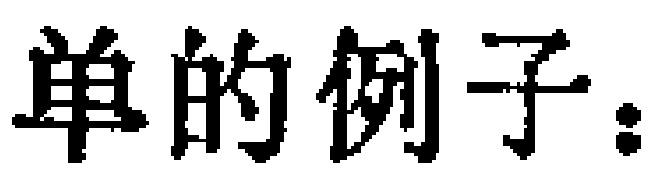
单的例子：